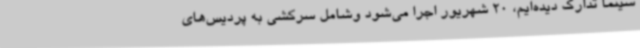
سینما تدارک دیده‌ایم، 20 شهریور اجرا می‌شود وشامل سرکشی به پردیس‌های